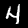
Digit: 4